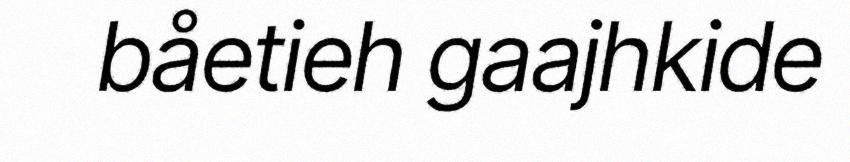
båetieh gaajhkide